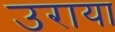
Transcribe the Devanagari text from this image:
उराया